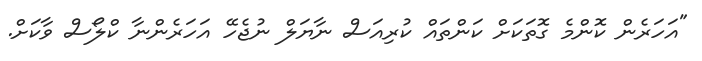
"އަހަރެން ކޮންމެ ގޮތަކަށް ކަންތައް ކުރިއަސް ނާޔަލް ނުޖެހޭ އަހަރެންނާ ކްލޯސް ވާކަށް.